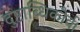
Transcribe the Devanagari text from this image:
दुष्टाब्धिकौर्व।